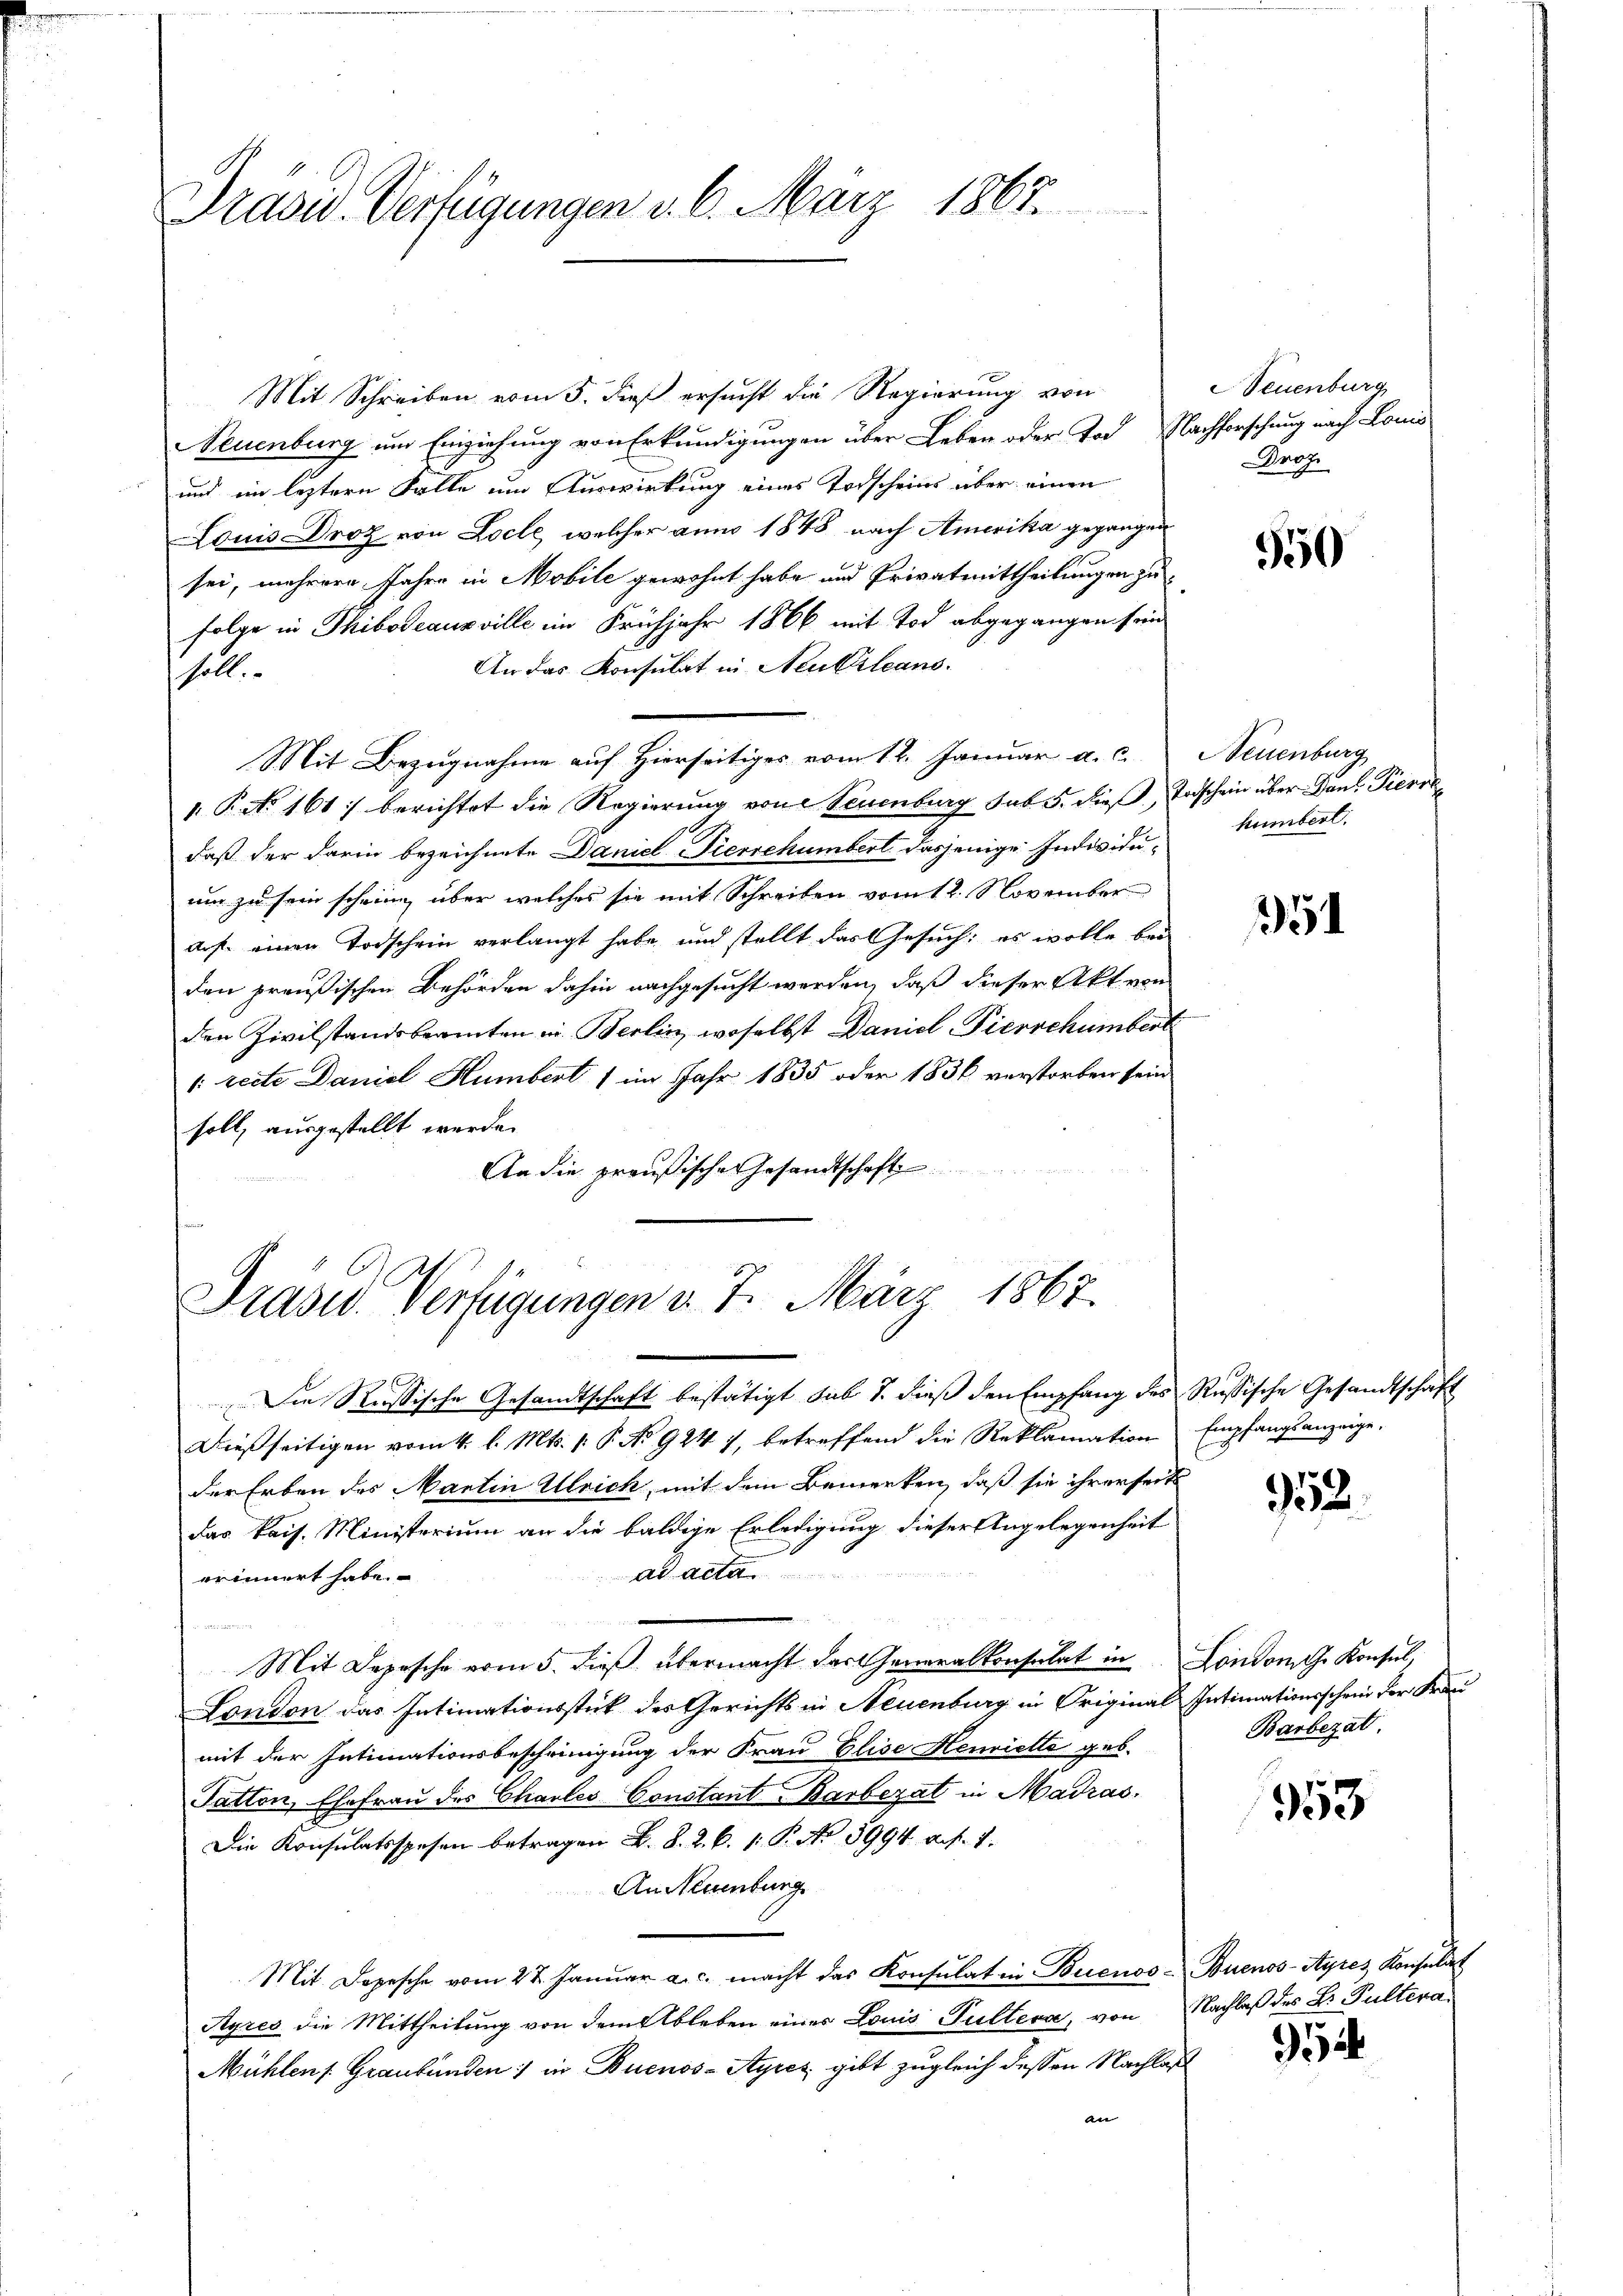
Mit Schreiben vom 5. dieß ersucht die Regierung von
Neuenburg um Einziehung von Erkundigungen über Leben oder Tod. Nachforschung nach Lonis
und im leztern Falle um Auswirkung eines Todscheins über einen
Louis Droz von Loche, welcher anno 1848 nach Amerika gegangen
sei, mehrere Jahre in Mobile gewohnt habe und Privatmittheilungen zufolge in Thibodeausville im Frühjahr 1866 mit Tod abgegangen sein
An das Konsulat in Neukrleans
soll.
Mit Bezugnahme auf Hierseitiges vom 12. Januar a. c. Neuenburg
. P. No 161 berichtet die Regierung von Neuenburg sub 5. dieß, Todschein über Dank Pierra
daß der darin bezeichnete Daniel Tierschümbert dasjenige Individuum zu sein schein, über welches sie mit Schreiben vom 12. November
ars einen Todschein verlangt habe, und stellt das Gesuch: es wolle bei
den preußischen Behörden dahin nachgesucht werden, daß dieser Akt von
den Zivilstandsbeamten in Berlin, woselbst Daniel Pierrchümbert
1: reite Daniel Humbert 1 im Jahr 1835 oder 1836 verstorben sein
soll, ausgestellt werde.
An die preußische Gesandtschaft

Pradw. Verfügungen d. 6. März 1867.

Prase Verfügungen d. 7. März 1867.

Die Russische Gesandtschaft bestätigt sub 7. dieß den Empfang des Russische Gesandtschäft
Dießseitigen vom 4. l. Mts. v. P. No 924 7, betreffend die Reklamation Empfangsanzeige,
der Erben des Martin Ulrich, mit dem Bemerken, daß sie ihrerseits
das kais. Ministerium an die baldige Erledigung dieser Angelegenheit
ad acta
erinnert habe.
Mit Depesche vom 5. dieß übermacht der Generalkonsulat in London G. Konsul,
Landon das Intimationsstick des Gerichts in Neuenburg in Original Intimationsschein der Frau
mit der Intimationsbescheinigung der Frau Elise Henriette geb.
Tatton, Ehefrau des Charles-Constant Barbezat in Madras
Die Konsulatsspesen betragen L. K. R. P. 1: P. No 3994. a. f. 1.
An Neuenburg
Mit Depesche vom 27. Januar a. c. macht das Konsulat in Buenos- Buenos-Ayres Konsulat
Ayres die Mittheilung von dem Ableben eines Louis Pultera, von Nachlaß des B. Pultera
Mühlen Graubünden) in Buenos-Ayres gibt zugleich dessen Nachlaß
an

Neuenburg
roz

550

humbert.

151

952.

Barbezal.

953

5